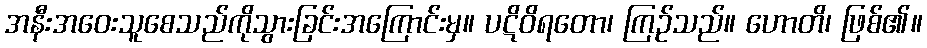
အနီးအဝေးသူစေသည်ကိုသွားခြင်းအကြောင်းမှ။ ပဋိဝိရတော၊ ကြဉ်သည်။ ဟောတိ၊ ဖြစ်၏။